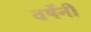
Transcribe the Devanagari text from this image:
वर्षेनी